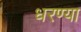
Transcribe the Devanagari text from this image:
धरण्या